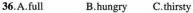
36.A.full B.hungry C.thirsty